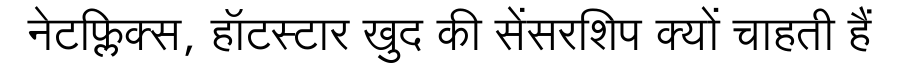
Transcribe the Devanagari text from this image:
नेटफ्लिक्स, हॉटस्टार खुद की सेंसरशिप क्यों चाहती हैं